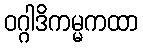
ဝဂ္ဂါဒိကမ္မကထာ